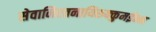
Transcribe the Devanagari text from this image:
सेवानिरतनायिरुक्कुमईन्न